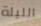
الليلة